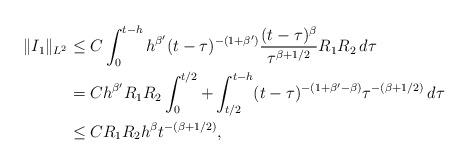
LaTeX: \begin{align*}\|I_1\|_{L^2}\leq &\;C\int_0^{t-h}h^{\beta'}(t-\tau)^{-(1+\beta')}\frac{(t-\tau)^\beta}{\tau^{\beta+1/2}}R_1R_2\,d\tau\\= &\;Ch^{\beta'}R_1R_2\int_0^{t/2}+\int_{t/2}^{t-h}(t-\tau)^{-(1+\beta'-\beta)}\tau^{-(\beta+1/2)}\,d\tau\\\leq &\;CR_1R_2h^{\beta}t^{-(\beta+1/2)},\end{align*}